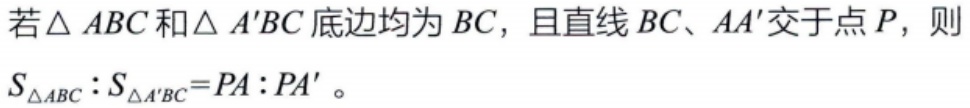
若\(\triangle ABC\)和\(\triangle A'BC\)底边均为\(BC\)，且直线\(BC\)、\(AA'\)交于点\(P\)，则\(S_{\triangle ABC}:S_{\triangle A'BC}=PA:PA'\)。